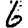
Digit: 6